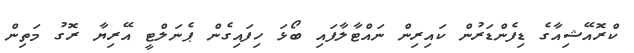
ކްރޮއޭޝިއާގެ ޑިފެންޑަރުން ކައިރިން ނައްޓާލާފައި ބޯޅަ ހިފައިގެން ޕެނަލްޓީ އޭރިޔާ ރޮގު މަތިން